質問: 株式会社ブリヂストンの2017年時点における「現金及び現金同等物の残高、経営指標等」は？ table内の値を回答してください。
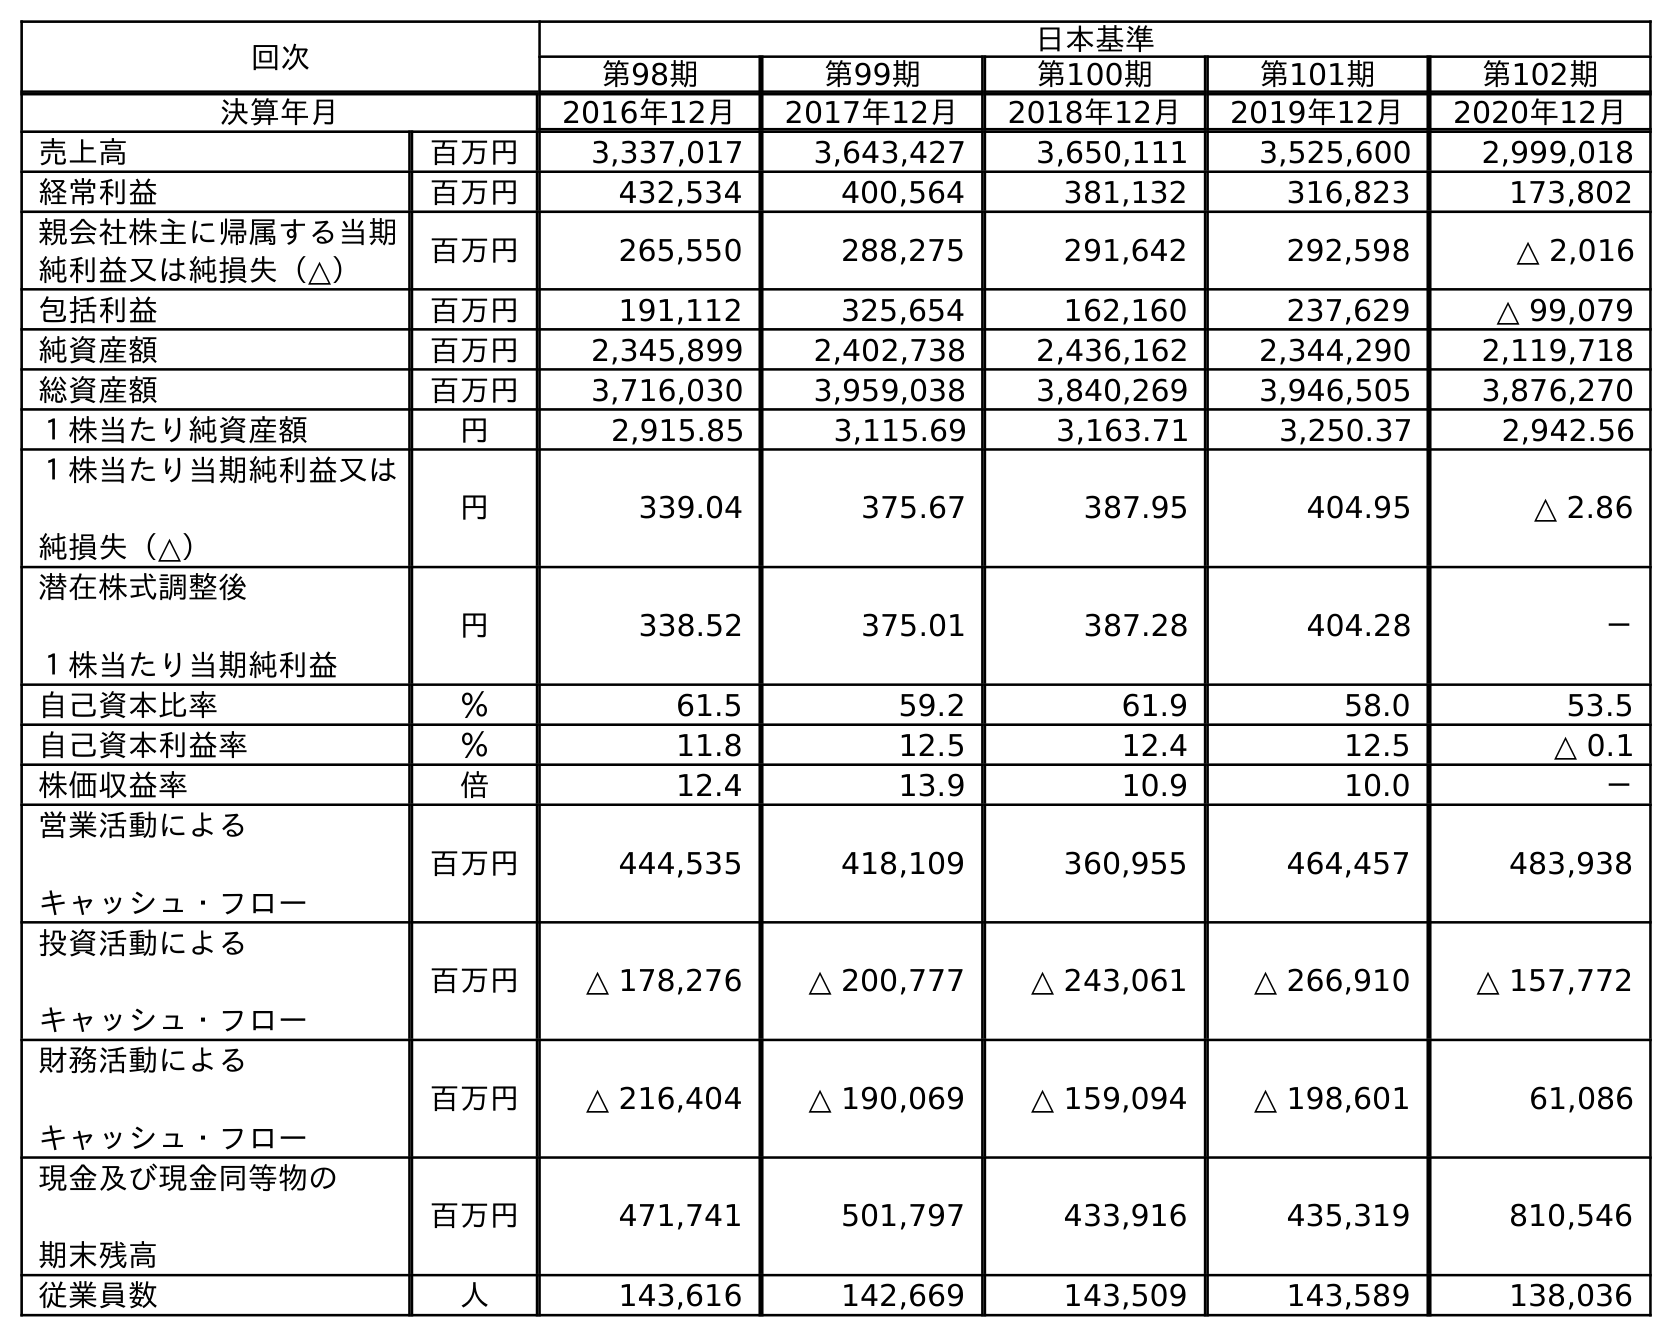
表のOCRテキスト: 回次 日本基準 第98期 第99期 第100期 第101期 第102期 決算年月 2016年12月 2017年12月 2018年12月 2019年12月 2020年12月 売上高 百万円 3,337,017 3,643,427 3,650,111 3,525,600 2,999,018 経常利益 百万円 432,534 400,564 381,132 316,823 173,802 親会社株主に帰属する当期 純利益又は純損失（△） 百万円 265,550 288,275 291,642 292,598 △ 2,016 包括利益 百万円 191,112 325,654 162,160 237,629 △ 99,079 純資産額 百万円 2,345,899 2,402,738 2,436,162 2,344,290 2,119,718 総資産額 百万円 3,716,030 3,959,038 3,840,269 3,946,505 3,876,270 １株当たり純資産額 円 2,915.85 3,115.69 3,163.71 3,250.37 2,942.56 １株当たり当期純利益又は 純損失（△） 円 339.04 375.67 387.95 404.95 △ 2.86 潜在株式調整後 １株当たり当期純利益 円 338.52 375.01 387.28 404.28 － 自己資本比率 ％ 61.5 59.2 61.9 58.0 53.5 自己資本利益率 ％ 11.8 12.5 12.4 12.5 △ 0.1 株価収益率 倍 12.4 13.9 10.9 10.0 － 営業活動による キャッシュ・フロー 百万円 444,535 418,109 360,955 464,457 483,938 投資活動による キャッシュ・フロー 百万円 △ 178,276 △ 200,777 △ 243,061 △ 266,910 △ 157,772 財務活動による キャッシュ・フロー 百万円 △ 216,404 △ 190,069 △ 159,094 △ 198,601 61,086 現金及び現金同等物の 期末残高 百万円 471,741 501,797 433,916 435,319 810,546 従業員数 人 143,616 142,669 143,509 143,589 138,036
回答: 501,797